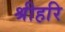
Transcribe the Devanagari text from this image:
श्रीहरि